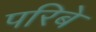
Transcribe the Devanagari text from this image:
परिबे